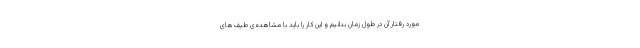
مورد رفتار آن در طول زمان بدانیم و این کار را باید با مشاهده‌ی طیف‌های